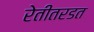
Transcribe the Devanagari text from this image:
रेतीतरडत